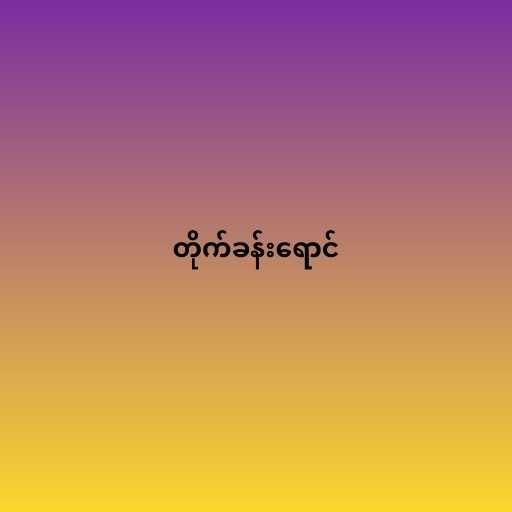
တိုက်ခန်းရောင်